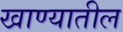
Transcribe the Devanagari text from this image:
खाण्यातील